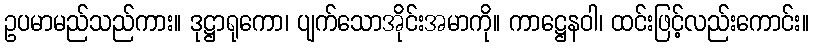
ဥပမာမည်သည်ကား။ ဒုဋ္ဌာရုကော၊ ပျက်သောအိုင်းအမာကို။ ကာဋ္ဌေနဝါ၊ ထင်းဖြင့်လည်းကောင်း။